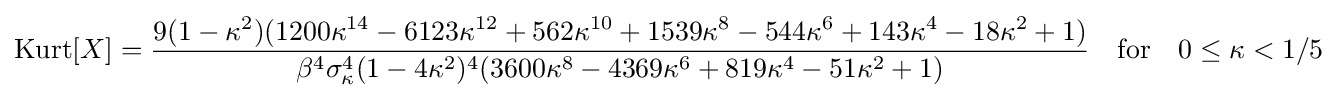
\operatorname {Kurt} [X]={\frac {9(1-\kappa ^{2})(1200\kappa ^{14}-6123\kappa ^{12}+562\kappa ^{10}+1539\kappa ^{8}-544\kappa ^{6}+143\kappa ^{4}-18\kappa ^{2}+1)}{\beta ^{4}\sigma _{\kappa }^{4}(1-4\kappa ^{2})^{4}(3600\kappa ^{8}-4369\kappa ^{6}+819\kappa ^{4}-51\kappa ^{2}+1)}}\quad {\text{for}}\quad 0\leq \kappa <1/5